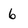
Character: 6